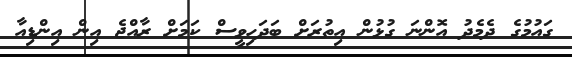
ގައުމުގެ ދެމެދު އޮންނަ ގުޅުން އިތުރަށް ބަދަހިވީސް ކަމަށް ރާއްޖެ އިން އިންޑިއާ